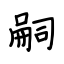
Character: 嗣